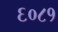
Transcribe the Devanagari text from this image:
६०८१